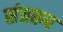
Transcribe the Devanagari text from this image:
संग्ररूप